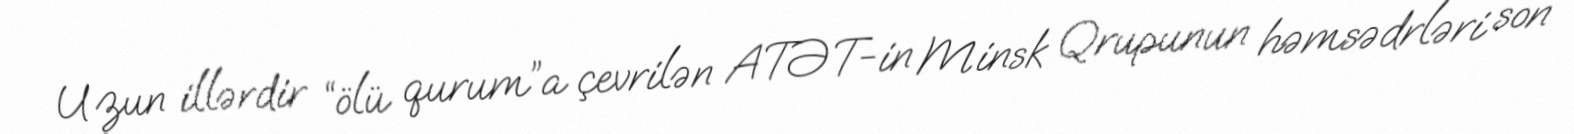
Uzun illərdir “ölü qurum”a çevrilən ATƏT-in Minsk Qrupunun həmsədrləri son